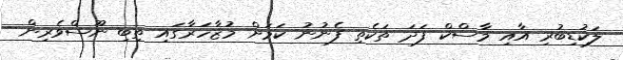
ލަކުޑިބުރި އާއި މާސްކް ފަދަ ތަކެތި ފެނުނު ކަމަށް މުޒާހަރާގައި ތިބި ނޫސްވެރިން